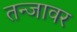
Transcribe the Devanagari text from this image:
तन्जावर